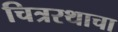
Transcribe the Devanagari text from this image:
चित्ररथाचा